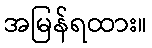
အမြန်ရထား။